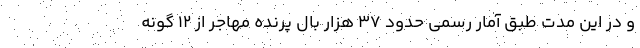
و در این مدت طبق آمار رسمی حدود ۳۷ هزار بال پرنده مهاجر از ۱۲ گونه